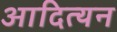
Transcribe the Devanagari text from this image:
आदित्यन